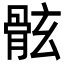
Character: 𩨬